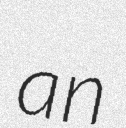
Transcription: an